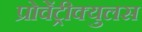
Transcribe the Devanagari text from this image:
प्रोवेंट्रीक्युलस